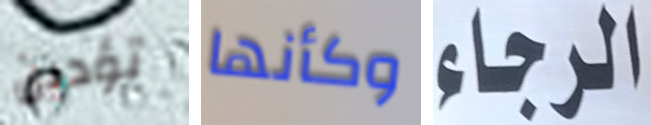
تؤدين وكأنها الرجاء